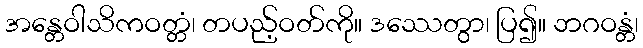
အန္တေဝါသိကဝတ္တံ၊ တပည့်ဝတ်ကို။ ဒဿေတွာ၊ ပြ၍။ ဘဂဝန္တံ၊